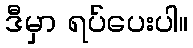
ဒီမှာ ရပ်ပေးပါ။